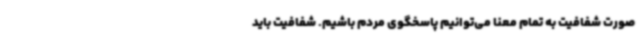
صورت شفافیت به تمام معنا می‌توانیم پاسخگوی مردم باشیم. شفافیت باید